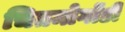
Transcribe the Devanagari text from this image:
चितमोगोंडी